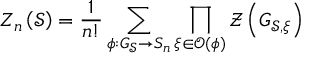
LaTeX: Z _ { n } \left( \mathcal { S } \right) = \frac { 1 } { n ! } \sum _ { \phi : G _ { \mathcal { S } } \rightarrow S _ { n } } \prod _ { \xi \in \mathcal { O } ( \phi ) } \mathcal { Z } \left( G _ { \mathcal { S } , \xi } \right)